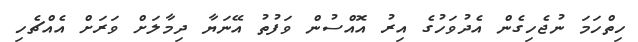
ހިތްހަމަ ނުޖެހިގެން އެދުވަހުގެ އިރު އޮއްސުން ވަފުތު އޭނަޔާ ދިމާލަށް ވަރަށް އެއްޗެހި